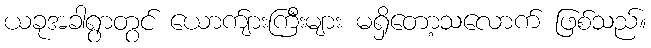
ယခုအခါရွာတွင် ယောက်ျားကြီးများ မရှိတော့သလောက် ဖြစ်သည်။